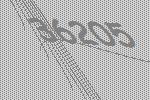
36205